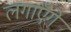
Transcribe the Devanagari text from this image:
लगाएँगे